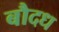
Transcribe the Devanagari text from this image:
बौदध